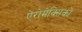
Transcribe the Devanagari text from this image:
ऐरोमेक्सिको